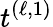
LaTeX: t^{(\ell,1)}